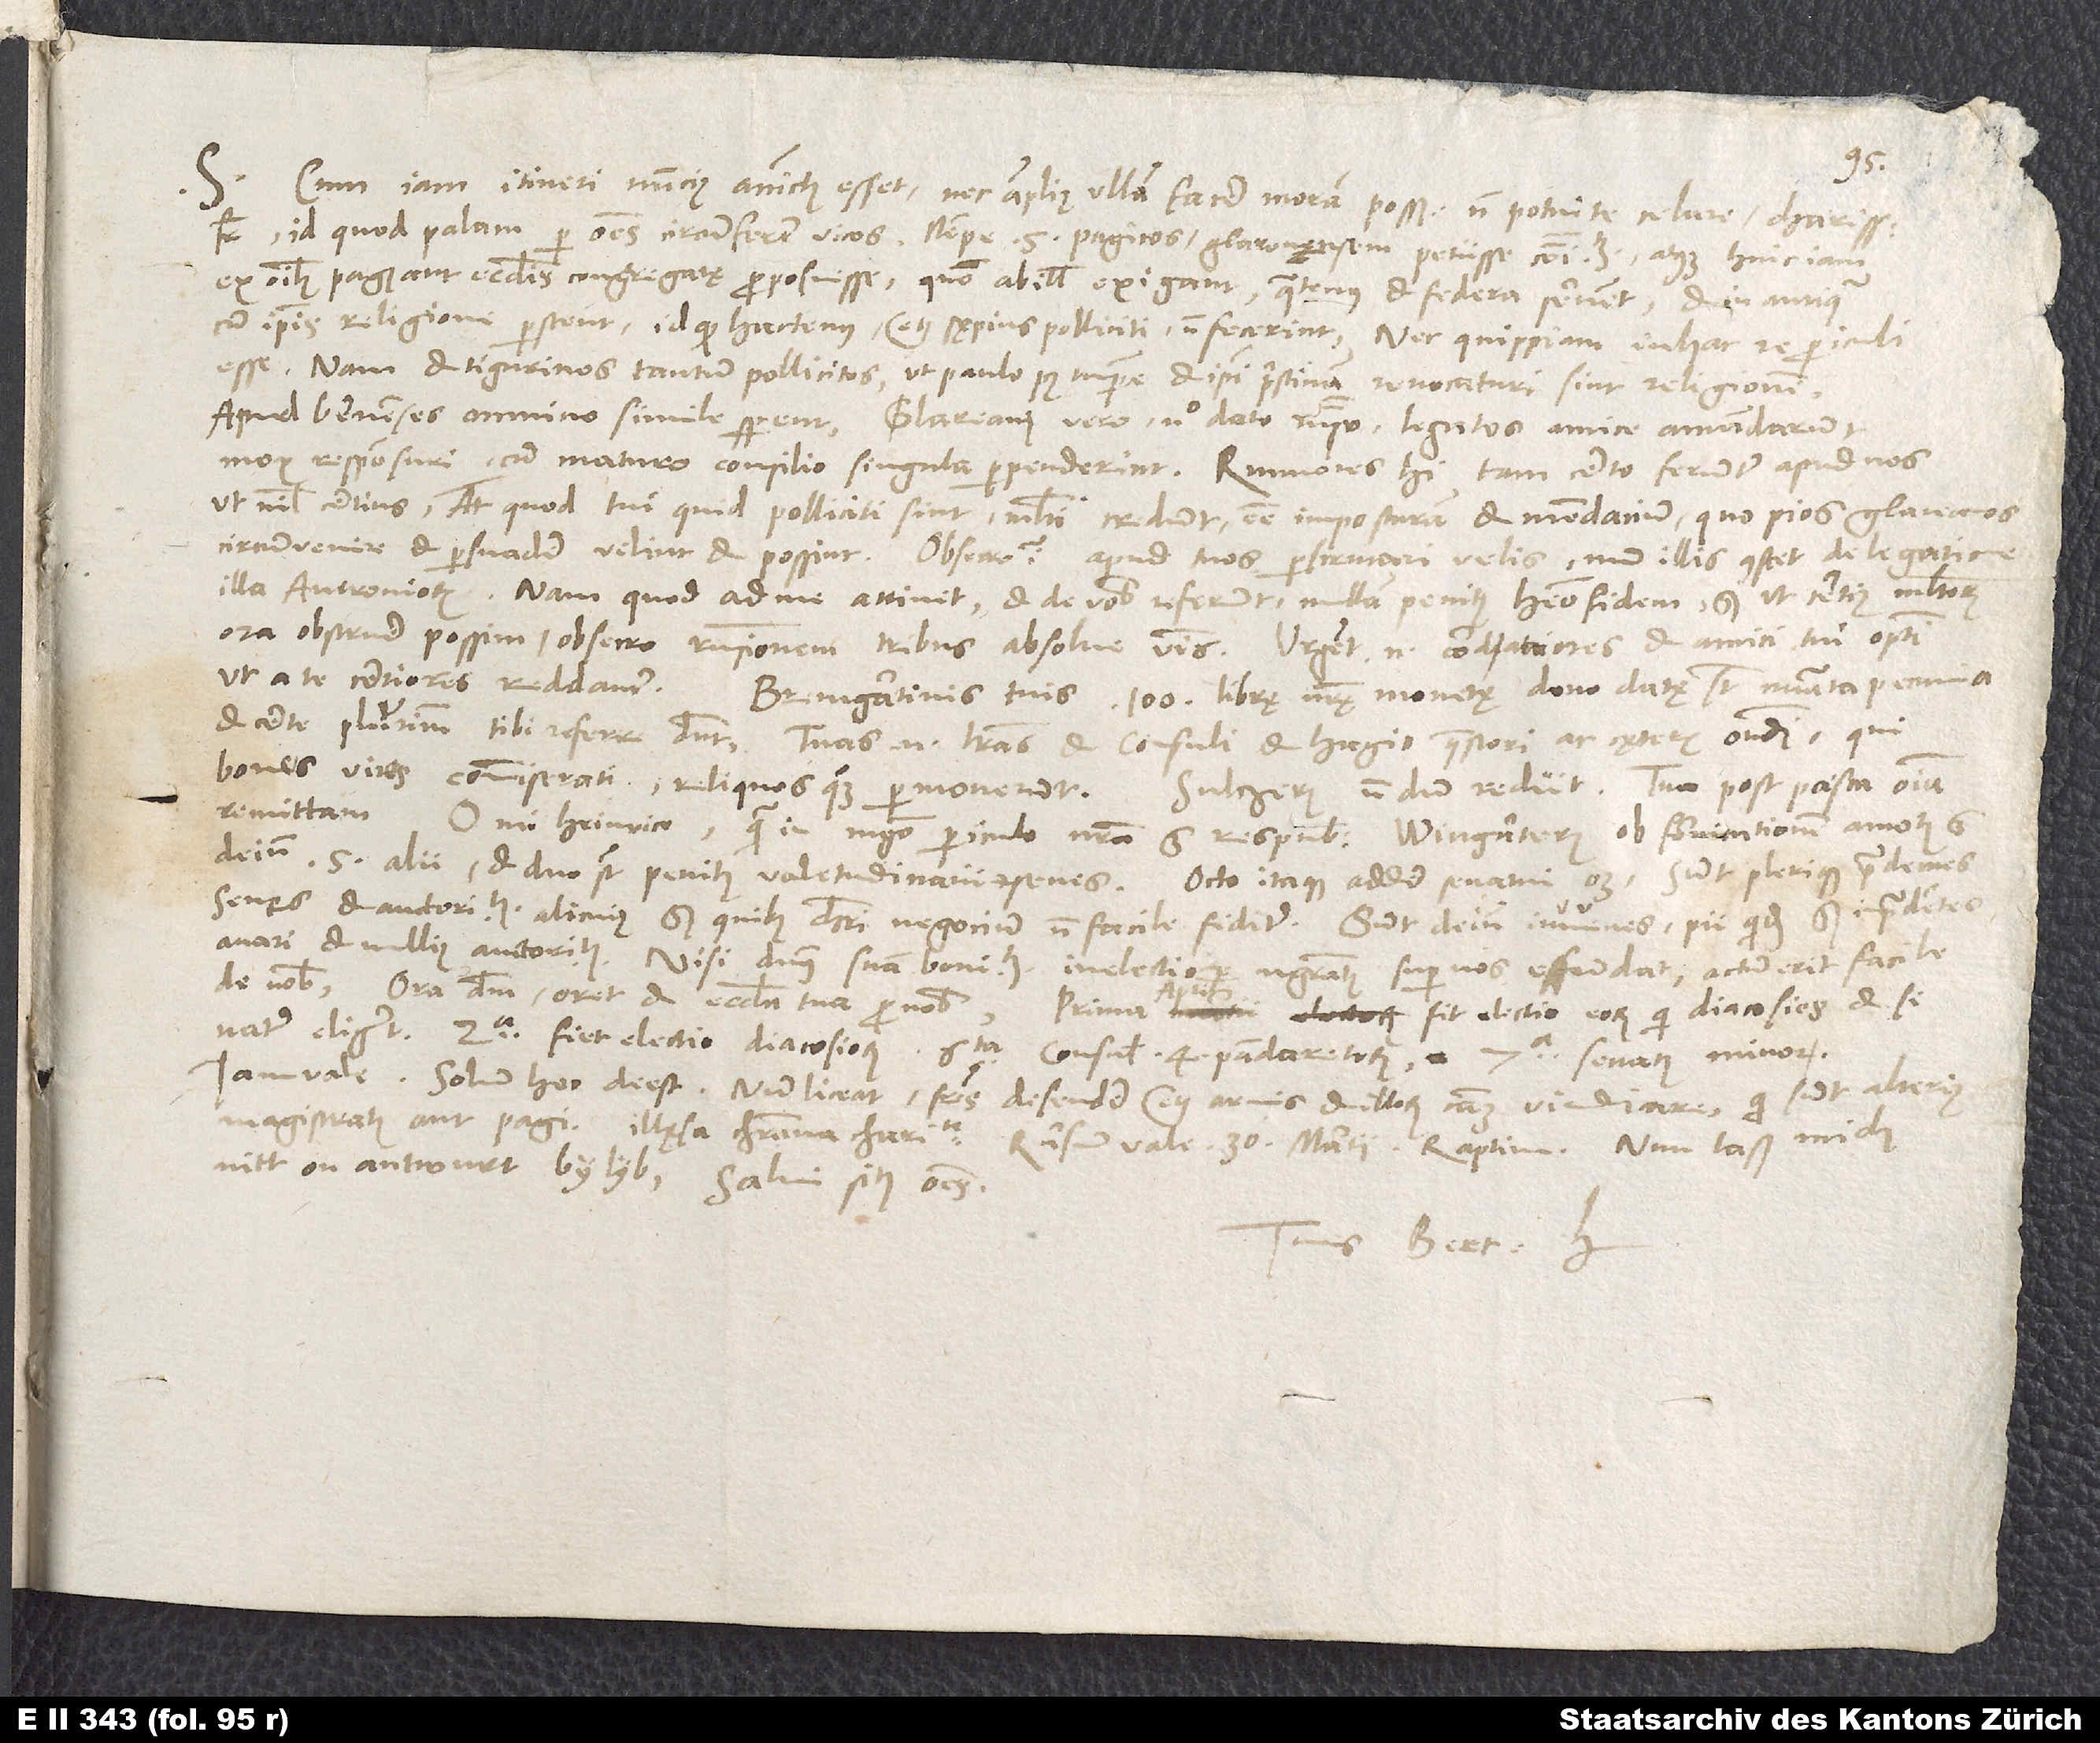
S.
Cum iam itineri nuncius accinctus esset nec amplius ullam facere moram possem, non potui te celare, charissime
frater, id quod palam per omnes circumfertur vicos, nempe 5 pagicos Glaronensem petiisse communitatem atque huic iam
ex omnibus pagis aut ecclesiis congregatę proposuisse, quomodo ab illis exigant, quatenus et federa servent et in antiqua
cum ipsis religione perstent, id quod hactenus, etiam sępius polliciti, non fecerint. Nec quippiam in hac re periculi
esse. Nam et Tigurinos tantum pollicitos, ut paulo post tempore et ipsi pristinam revocaturi sint religionem.
Apud Bernenses omnino simile sperent. Glareani vero nullo dato responso legatos amice amandarunt
mox responsuri, cum maturo consilio singula perpenderint. Rumores hi tam certo feruntur apud nos,
ut nihil certius, at quod tui quid polliciti sint, multi credunt esse imposturam et mendacium, quo pios Glareanos
circumvenire et persuadere velint et possint. Obsecro igitur apud tuos perscrutari velis, num illis constet de legatione
illa Antroniorum. Nam quod ad me attinet et de vobis referunt, nullam penitus habeo fidem. Sed ut certius multorum
ora obstruere possim, obsecro, responsionem tribus absolve verbis. Urgent enim cordatiores et amici tui optimi,
et certe plurimum tibi referre debent. Tuas enim literas et consuli et Hagio, quaestori ac cęteris ostendi, qui
bonos viros commiserati reliquos quoque permoverunt. Sultzerus nondum rediit. Tua post pasca omnia
remittam.
O mi Heinrice, quam in magno periculo nostra est respublica! Wingarterus ob fornicationem amotus est,
deinde 5 alii, et duo sunt penitus valetudinarii et senes. Octo itaque addere senatui oportet. Sunt plerique prudentes
senes et auctoritatis alicuius, sed quibus Christi negocium non facile fiditur. Sunt deinde iuvenes, pii quidem, sed imprudentes,
avari et nullius auctoritatis. Nisi dominus suam bonitatem in electione magistratus super nos effundat, actum erit facile
de nobis. Ora deum, oret et ecclesia tua pro nobis. Prima aprilis fit electio eorum, qui diacosios et
eligunt, 2a fiet electio diacosiorum, 6ta consulis, 4 pandaretorum, 7a senatus minoris.
Iam vale. Solum hoc deest: Num liceat fratres defendere etiam armis et illorum causam vindicare, qui sunt alterius
nitt on antwurt, by lyb. Salvi sitis omnes.
Tuus Bert. H.